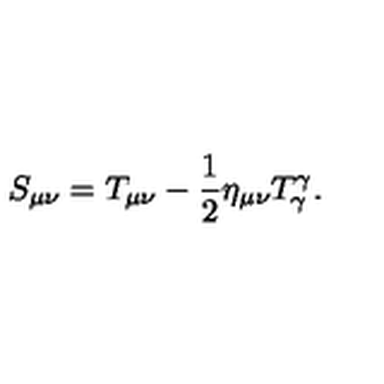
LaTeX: S _ { \mu \nu } = T _ { \mu \nu } - \frac { 1 } { 2 } \eta _ { \mu \nu } T _ { \gamma } ^ { \gamma } .